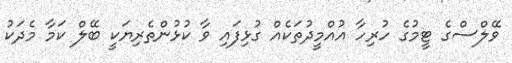
ވޭލްސްގެ ޓީމުގެ ހުރިހާ އުއްމީދުތަކެއް ގުޅިފައި ވާ ކުޅުންތެރިޔަކީ ބޭލް ކަމާ މެދަކު